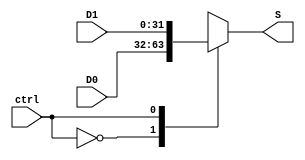
`timescale 1ns / 1ps
//////////////////////////////////////////////////////////////////////////////////
// Company: Tecnolgico de Costa Rica
// 
// Design Name: 
// Module Name: Multiplexer_AC 
// Project Name: 
// Target Devices: 
// Tool versions: 
// Description:  
//					
//////////////////////////////////////////////////////////////////////////////////

module Multiplexer_AC# (parameter W = 32)(
    
    //INPUTS
    input wire ctrl,
    input wire [W-1:0] D0,
    input wire [W-1:0] D1,
    //OUTPUTS
    output reg [W-1:0] S
    );
    
   always @(ctrl, D0, D1)
      case (ctrl)
         1'b0: S <= D0;
         1'b1: S <= D1;
      endcase
		
endmodule